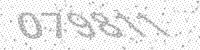
Solution: 079811